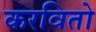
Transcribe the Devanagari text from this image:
करवितो